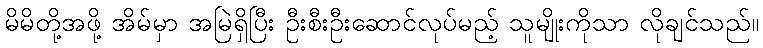
မိမိတို့အဖို့ အိမ်မှာ အမြဲရှိပြီး ဦးစီးဦးဆောင်လုပ်မည့် သူမျိုးကိုသာ လိုချင်သည်။